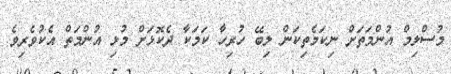
މުސްލިމް އުންމަތަށް ނިކަމެތިކަން ލިބޭ ހުރިހާ ކަމަކާ ދެކޮޅަށް މުޅި އުންމަތް އެކުވެރިވެ